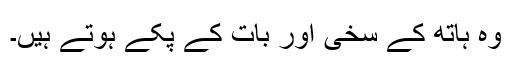
وہ ہاتھ کے سخی اور بات کے پکے ہوتے ہیں۔